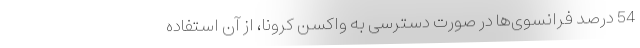
54 درصد فرانسوی‌‌ها در صورت دسترسی به واکسن کرونا، از آن استفاده